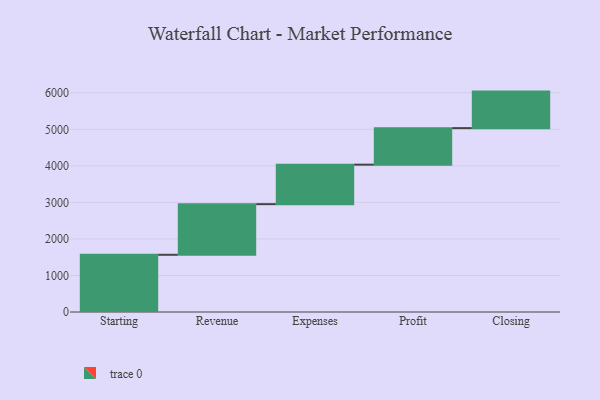
{"axis": {"x": "Step", "y": "Value"}, "legend": [""], "data": [{"x": "Starting", "y": 1566.0, "type": ""}, {"x": "Revenue", "y": 1386.0, "type": ""}, {"x": "Expenses", "y": 1081.0, "type": ""}, {"x": "Profit", "y": 1000, "type": ""}, {"x": "Closing", "y": 1000, "type": ""}]}